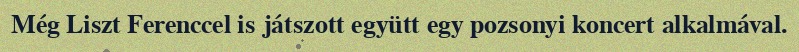
Még Liszt Ferenccel is játszott együtt egy pozsonyi koncert alkalmával.